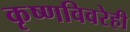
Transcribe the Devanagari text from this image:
कृष्णविवरेही